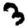
Digit: 3